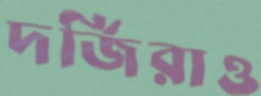
দর্জিরাও